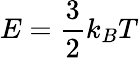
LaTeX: E={\frac{3}{2}}k_{B}T